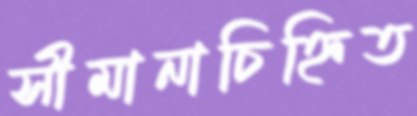
সীমানাচিহ্নিত